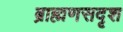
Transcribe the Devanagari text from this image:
ब्राह्मणसदृश